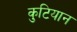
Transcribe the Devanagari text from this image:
कुटियान